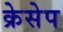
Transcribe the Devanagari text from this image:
क्रेसेप